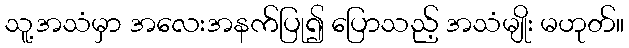
သူ့အသံမှာ အလေးအနက်ပြု၍ ပြောသည့် အသံမျိုး မဟုတ်။